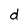
Character: d